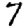
Digit: 7